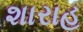
શારાહ